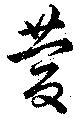
慶